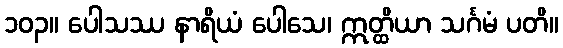
၁၀၃။ ပေါသဿ နာရိယံ ပေါသေ၊ ဣတ္ထိယာ သင်္ဂမံ ပတိ။